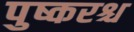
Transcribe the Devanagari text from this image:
पुष्करश्च